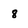
Character: 8